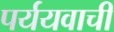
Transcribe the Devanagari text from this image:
पर्ययवाची